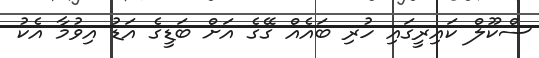
ސްކޫލް ކައިރީގައި ހުރި ބައެއް ގޭގެ އަށް ބަޑީގެ އަޑު އިވުމާ އެކު